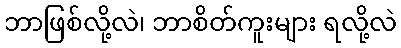
ဘာဖြစ်လို့လဲ၊ ဘာစိတ်ကူးများ ရလို့လဲ